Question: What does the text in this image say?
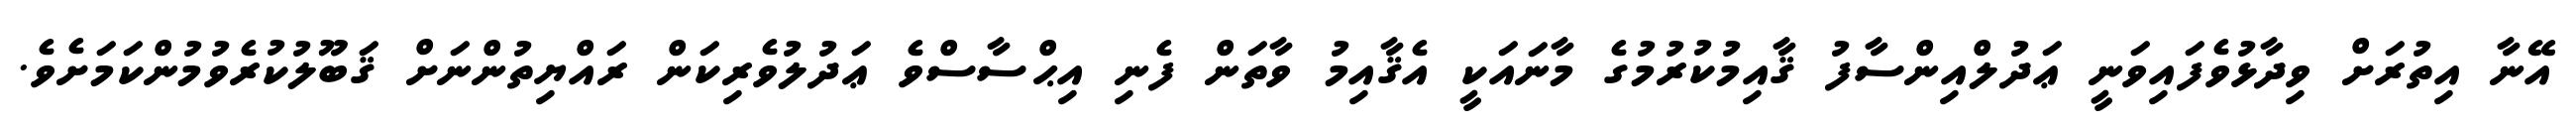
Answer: އޭނާ އިތުރަށް ވިދާޅުވެފައިވަނީ ޢަދުލްއިންސާފު ޤާއިމުކުރުމުގެ މާނައަކީ އެޤާއިމު ވާތަން ފެނި އިޙްސާސްވެ ޢަދުލުވެރިކަން ރައްޔިތުންނަށް ޤަބޫލުކުރެވުމުންކަމަށެވެ.